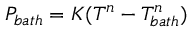
P _ { b a t h } = K ( T ^ { n } - T _ { b a t h } ^ { n } )